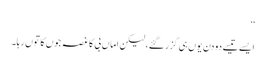
‘‘
ایسے تیسے دو دن یوں ہی گزر گئے،لیکن اماں بی کا غصہ جوں کا توں رہا۔